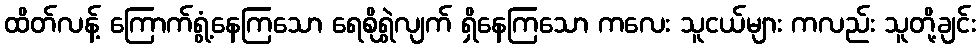
ထိတ်လန့် ကြောက်ရွံ့နေကြသော ရေစိုရွှဲလျက် ရှိနေကြသော ကလေး သူငယ်များ ကလည်း သူတို့ချင်း